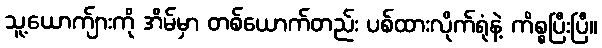
သူ့ယောက်ျားကို အိမ်မှာ တစ်ယောက်တည်း ပစ်ထားလိုက်ရုံနဲ့ ကိစ္စပြီးပြီ။